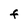
Character: F